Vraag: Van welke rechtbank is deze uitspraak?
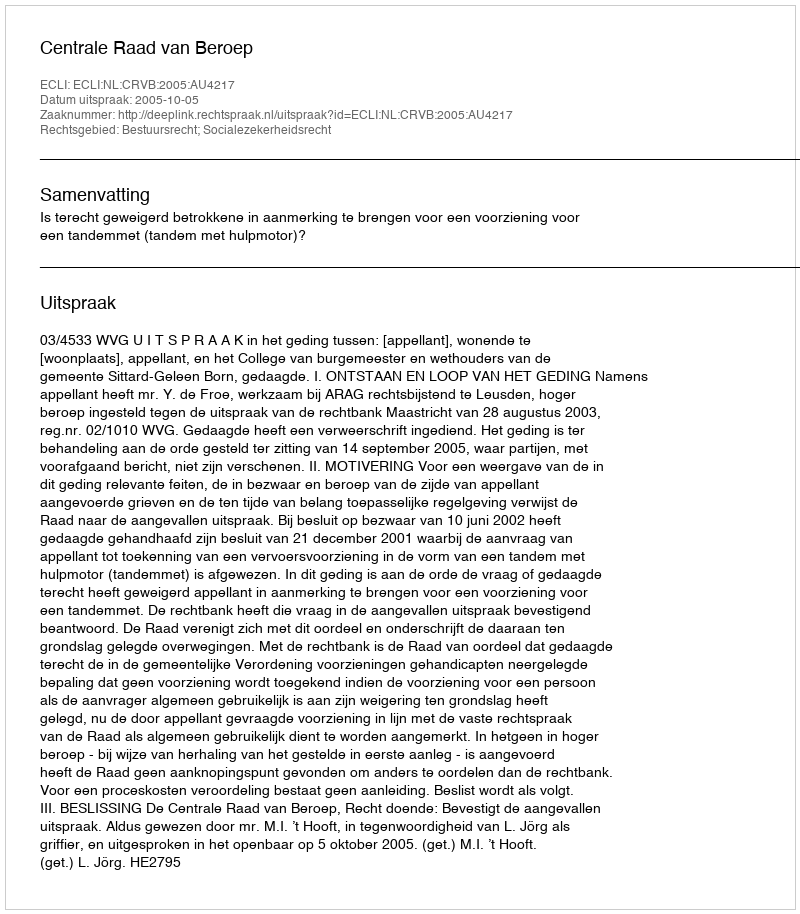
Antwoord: Centrale Raad van Beroep